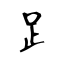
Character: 𧾷